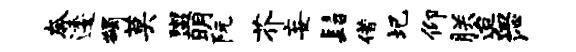
奔逶蠲莫盥明阮芥妄髫借圯仰朕迨血沁